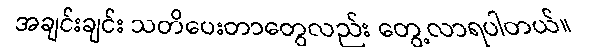
အချင်းချင်း သတိပေးတာတွေလည်း တွေ့လာရပါတယ်။